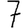
Digit: 7